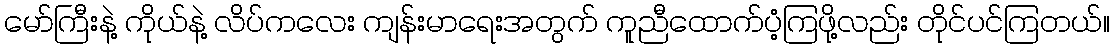
မော်ကြီးနဲ့ ကိုယ်နဲ့ လိပ်ကလေး ကျန်းမာရေးအတွက် ကူညီထောက်ပံ့ကြဖို့လည်း တိုင်ပင်ကြတယ်။